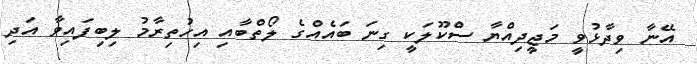
އޭނާ ވިދާޅުވީ މަޖީދިއްޔާ ސްކޫލަކީ ގިނަ ބައެއްގެ ލޯތްބާއި އިިހުތިރާމު ލިބިފައިވާ އަދި